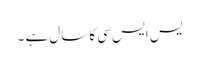
یس ایس سی کا سال ہے ۔